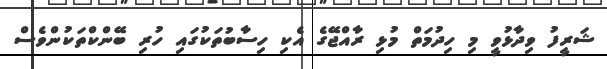
ޝަރީފު ވިދާޅުވީ މި ހިދުމަތް މުޅި ރާއްޖޭގެ އެކި ހިސާބުތަކުގައި ހުރި ބޭންކްތަކުންވެސް